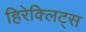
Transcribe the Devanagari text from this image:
हिरेक्लिट्स